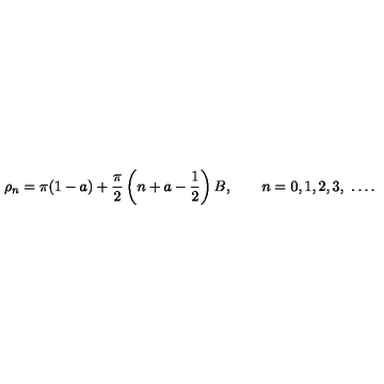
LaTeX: \rho _ { n } = \pi ( 1 - a ) + \frac { \pi } { 2 } \left( n + a - \frac { 1 } { 2 } \right) B , \qquad n = 0 , 1 , 2 , 3 , \ \dots .